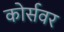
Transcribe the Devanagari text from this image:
कोर्सवर